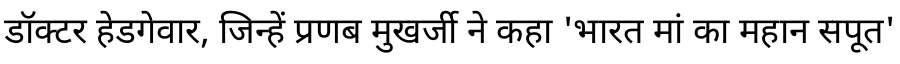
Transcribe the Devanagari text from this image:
डॉक्टर हेडगेवार, जिन्हें प्रणब मुखर्जी ने कहा 'भारत मां का महान सपूत'